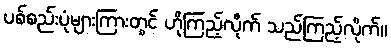
ပစ်စည်းပုံများကြားတွင် ဟိုကြည့်လိုက် သည်ကြည့်လိုက်။